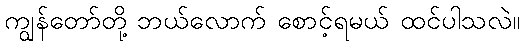
ကျွန်တော်တို့ ဘယ်လောက် စောင့်ရမယ် ထင်ပါသလဲ။